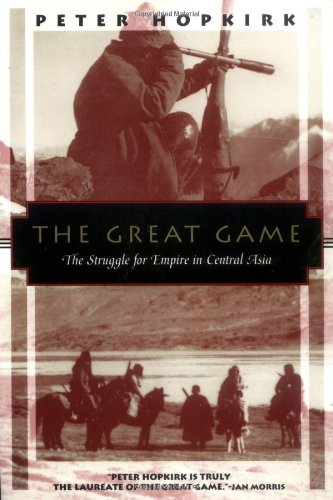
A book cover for The Great Game: The Struggle for Empire in Central Asia (Kodansha Globe); Peter Hopkirk; History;